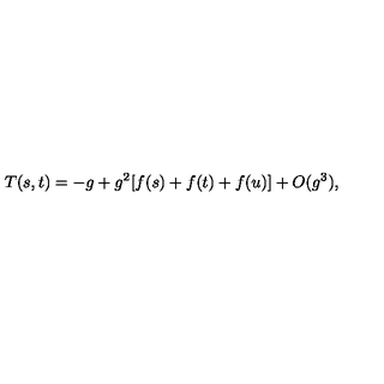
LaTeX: T ( s , t ) = - g + g ^ { 2 } [ f ( s ) + f ( t ) + f ( u ) ] + O ( g ^ { 3 } ) ,